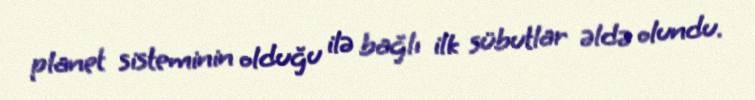
planet sisteminin olduğu ilə bağlı ilk sübutlar əldə olundu.